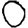
Digit: 0